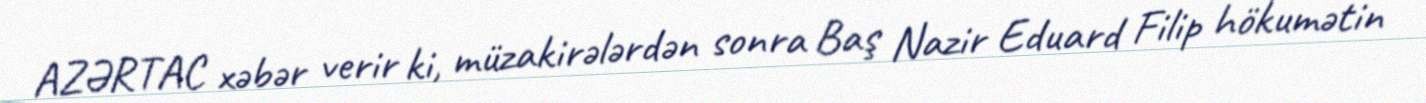
AZƏRTAC xəbər verir ki, müzakirələrdən sonra Baş Nazir Eduard Filip hökumətin